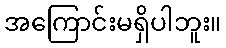
အကြောင်းမရှိပါဘူး။